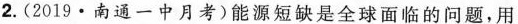
2.(2019·南通一中月考)能源短缺是全球面临的问题，用